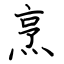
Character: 烹